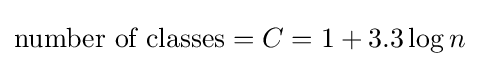
{\text{number of classes}}=C=1+3.3\log n